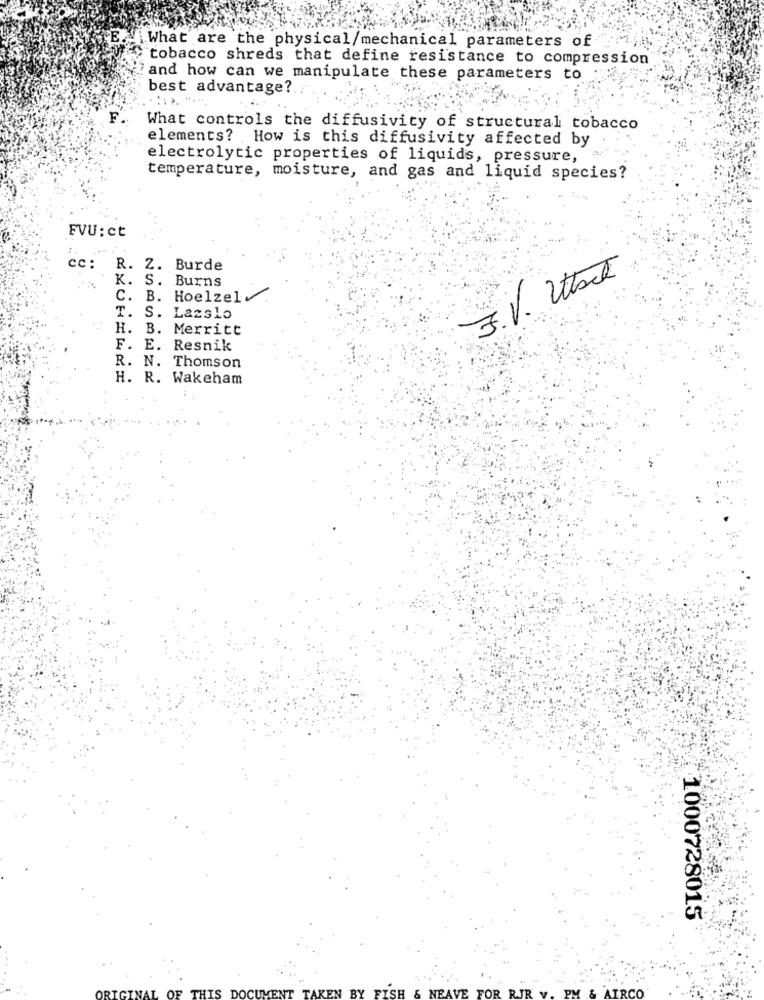
What are the physical/mechanical parameters of
tobacco shreds that define resistance to compression
? and how can we manipulate these parameters to
best advantage ?.
What controls the diffusivity of structural tobacco
elements? How is this diffusivity affected by
electrolytic properties of liquids, pressure,
temperature, moisture, and gas and liquid species?
FVU : ct
cc: R. Z. Burde
K. S. Burns
3. V. Utsch
C. B. Hoelzel
T. S. Lasslo
H. B. Merritt
F. E. Resnik
R. N. Thomson
H. R. Wakeham
1000728015
OF
HIS
PM & AIRCO
CEN BY FISH & NEAVE FOR RJR v.